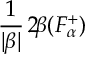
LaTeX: \frac { 1 } { | \beta | } \, 2 \! \beta ( F _ { \alpha } ^ { + } ) ~